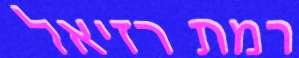
רמת רזיאל